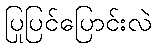
ပြုပြင်ပြောင်းလဲ